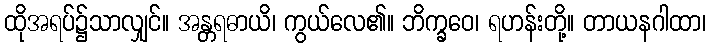
ထိုအရပ်၌သာလျှင်။ အန္တရဓာယိ၊ ကွယ်လေ၏။ ဘိက္ခဝေ၊ ရဟန်းတို့။ တာယနဂါထာ၊